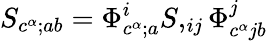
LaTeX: S_{c^{\alpha};ab}=\Phi_{c^{\alpha};a}^{i}S,_{ij}\Phi_{c^{\alpha}jb}^{j}